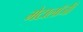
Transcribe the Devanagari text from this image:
मेटालॉजी